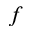
f